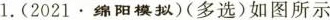
1.(2021•绵阳模拟)(多选)如图所示